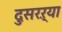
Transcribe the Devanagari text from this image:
दुसरऱ्या